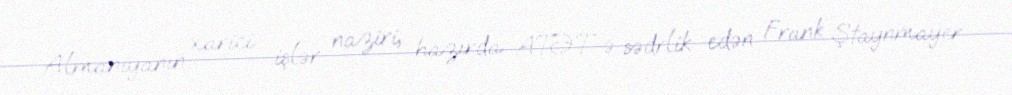
Almaniyanın xarici işlər naziri, hazırda ATƏT-ə sədrlik edən Frank Ştaynmayer